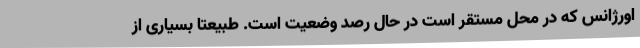
اورژانس که در محل مستقر است در حال رصد وضعیت است. طبیعتاً بسیاری از